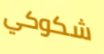
شكوكي